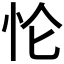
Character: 𰑄